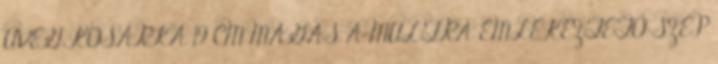
ÜVEG KOSÁRKA 19 CM MAGAS A MULTRA EMLÉKEZTETÖ SZÉP